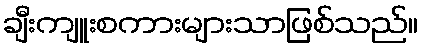
ချီးကျူးစကားများသာဖြစ်သည်။